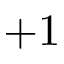
+ 1